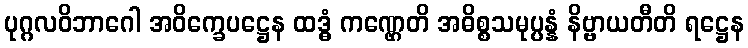
ပုဂ္ဂလဝိဘာဂေါ အဝိက္ခေပဋ္ဌေန ထဒ္ဓံ ကဏ္ဌေတိ အဓိစ္စသမုပ္ပန္နံ နိဗ္ဗာယတီတိ ရဋ္ဌေန